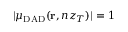
| \mu _ { \mathrm { D A D } } ( { \bf r } , n z _ { T } ) | = 1